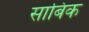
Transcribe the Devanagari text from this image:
साबिक